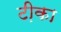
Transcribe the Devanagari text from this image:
टी़का